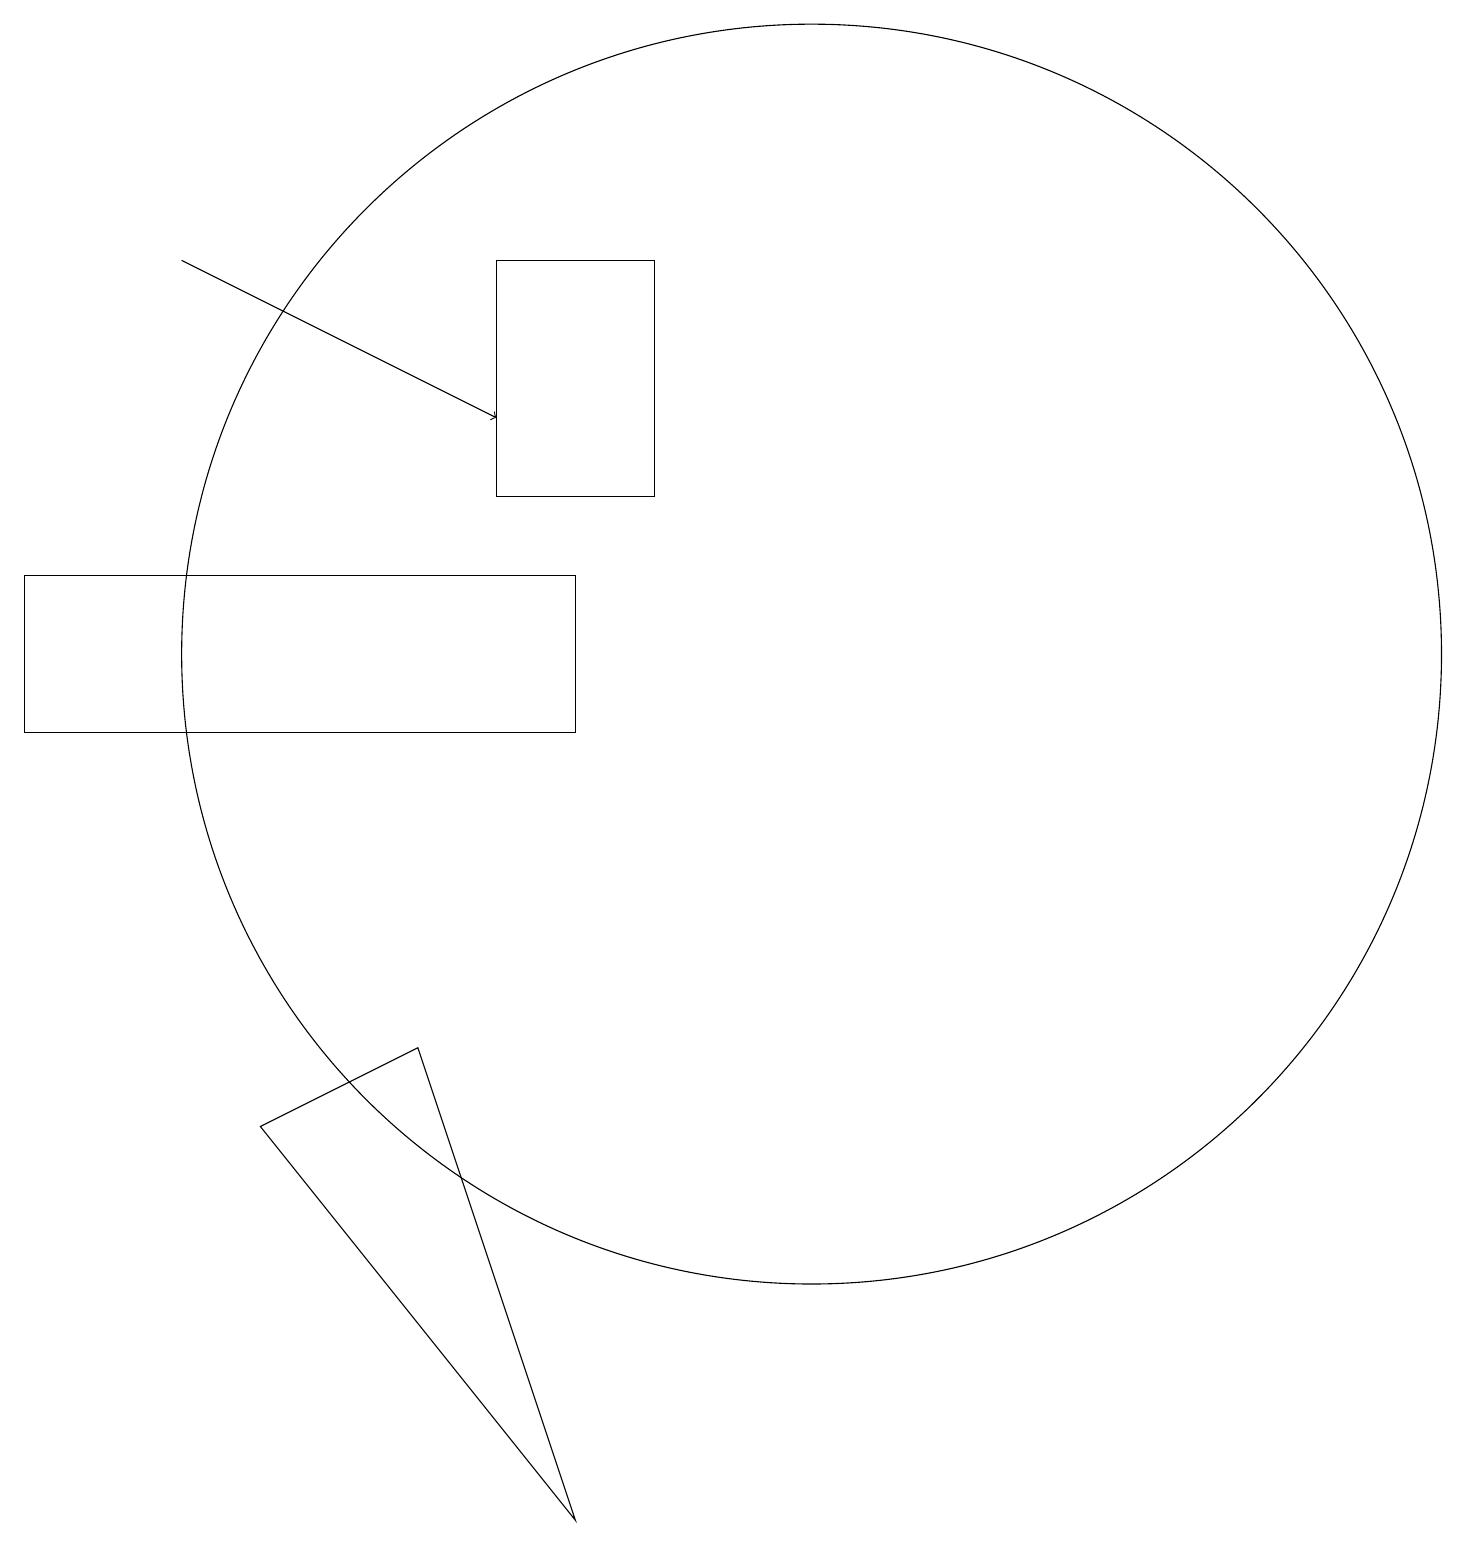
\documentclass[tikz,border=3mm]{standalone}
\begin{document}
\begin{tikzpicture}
\draw (6,11) rectangle (6,11);
\draw[->] (2,16) -- (6,14);
\draw (3,5) -- (5,6) -- (7,0) -- cycle;
\draw (7,12) rectangle (0,10);
\draw (10,11) circle (8);
\draw (6,13) rectangle (8,16);
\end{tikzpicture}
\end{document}